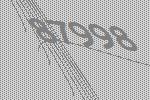
87998